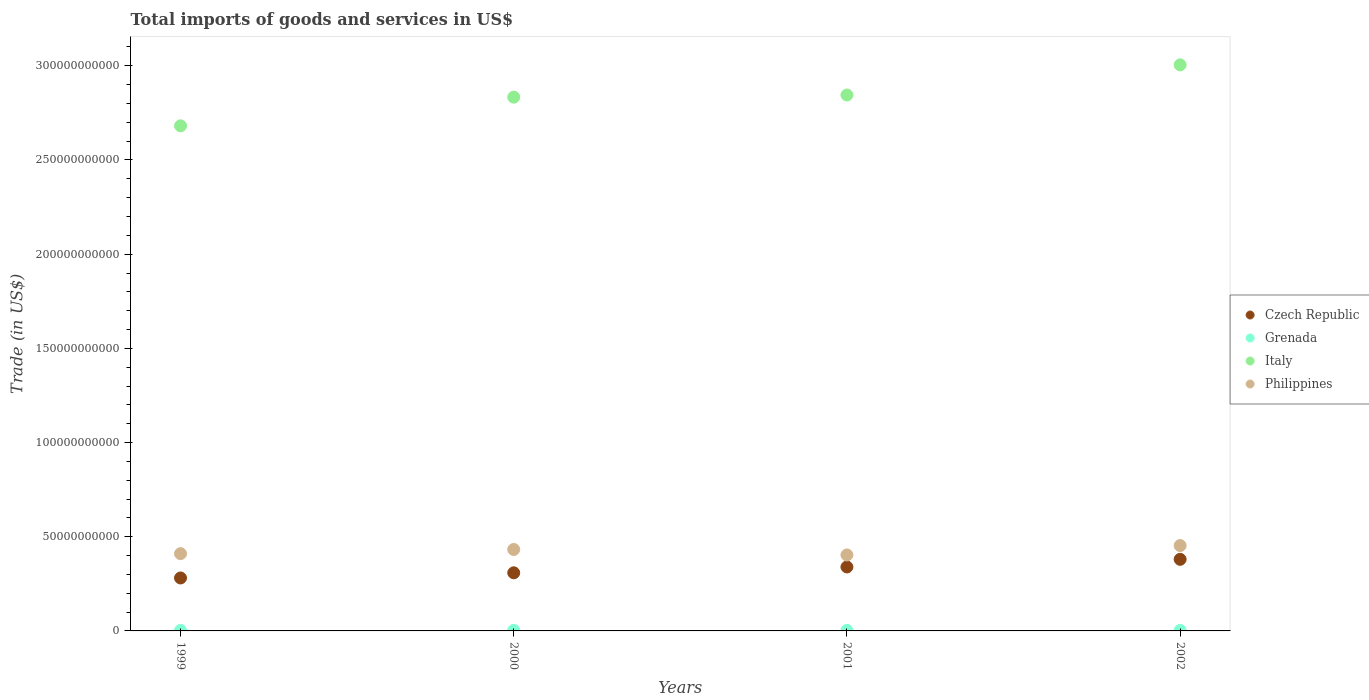
| Years | Czech Republic | Grenada | Italy | Philippines |
 | --- | --- | --- | --- | --- |
 | 1999 | 2.81e+10 | 2.66e+08 | 2.68e+11 | 4.1e+10 |
 | 2000 | 3.08e+10 | 3.1e+08 | 2.83e+11 | 4.32e+10 |
 | 2001 | 3.4e+10 | 2.8e+08 | 2.84e+11 | 4.03e+10 |
 | 2002 | 3.8e+10 | 2.72e+08 | 3e+11 | 4.53e+10 |